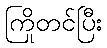
ကြိုတင်ပြီး